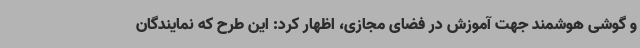
و گوشی هوشمند جهت آموزش در فضای مجازی، اظهار کرد: این طرح که نمایندگان